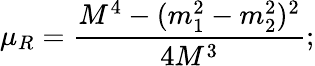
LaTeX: \mu_{R}=\frac{M^{4}-(m_{1}^{2}-m_{2}^{2})^{2}}{4M^{3}};